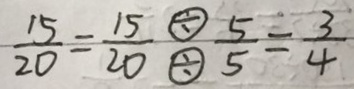
\frac { 1 5 } { 2 0 } = \frac { 1 5 } { 2 0 } ^ { \textcircled { \div } } _ { \textcircled { \div } } \frac { 5 } { 5 } = \frac { 3 } { 4 }